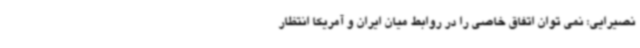
نصیرایی: نمی توان اتفاق خاصی را در روابط میان ایران و آمریکا انتظار